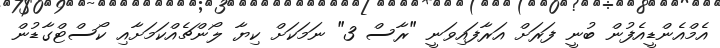
އެމްއެންޑީއެފުން ބުނީ ފަރަށް އަރާފައިވަނީ "ރާސް 3" ނަމަކަށް ކިޔާ ލޯންޗެއްކަމަށާއި ކޯސްޓްގާޑުން